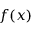
f ( x )